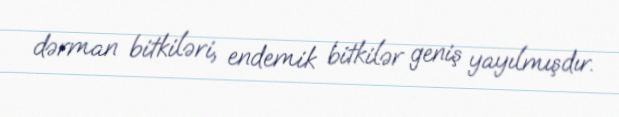
dərman bitkiləri, endemik bitkilər geniş yayılmışdır.